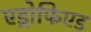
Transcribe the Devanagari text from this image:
एड्रोफिएड